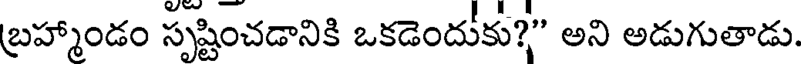
బ్రహ్మాండం సృష్టించడానికి ఒకడెందుకు?" అని అడుగుతాడు.